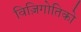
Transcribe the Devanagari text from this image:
विज़िगोतिको